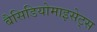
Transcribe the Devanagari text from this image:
बैसिडियोमाइसेट्स